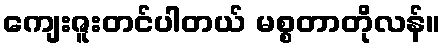
ကျေးဇူးတင်ပါတယ် မစ္စတာတိုလန်။